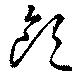
飮